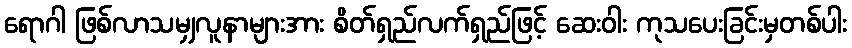
ရောဂါ ဖြစ်လာသမျှလူနာများအား စိတ်ရှည်လက်ရှည်ဖြင့် ဆေးဝါး ကုသပေးခြင်းမှတစ်ပါး